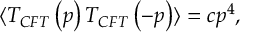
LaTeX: \langle T _ { C F T } \left( p \right) T _ { C F T } \left( - p \right) \rangle = c p ^ { 4 } ,